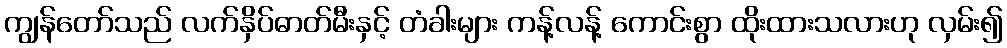
ကျွန်တော်သည် လက်နှိပ်ဓာတ်မီးနှင့် တံခါးများ ကန့်လန့် ကောင်းစွာ ထိုးထားသလားဟု လှမ်း၍